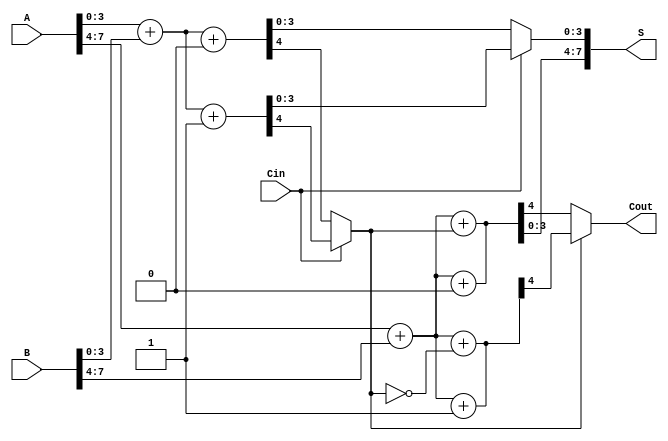
module CarrySelectAdder #(parameter N = 8, parameter M = 4) (
    input  [N-1:0] A,      // First n-bit input
    input  [N-1:0] B,      // Second n-bit input
    input          Cin,     // Carry-in
    output [N-1:0] S,      // Sum output
    output         Cout     // Carry-out
);

    // Internal signals for the two blocks
    wire [M-1:0] S0_0, S0_1, S1_0, S1_1;
    wire Cout_0_0, Cout_0_1, Cout_1_0, Cout_1_1;

    // Block 0 (lower M bits)
    assign {Cout_0_0, S0_0} = A[M-1:0] + B[M-1:0] + 1'b0; // Cin = 0
    assign {Cout_0_1, S0_1} = A[M-1:0] + B[M-1:0] + 1'b1; // Cin = 1

    // Block 1 (upper M bits)
    assign {Cout_1_0, S1_0} = A[2*M-1:M] + B[2*M-1:M] + 1'b0; // Cin = 0
    assign {Cout_1_1, S1_1} = A[2*M-1:M] + B[2*M-1:M] + 1'b1; // Cin = 1

    // Select logic for the first block
    wire select = Cin; // Use Cin to select the appropriate sum and carry for Block 0
    wire [M-1:0] S0 = select ? S0_1 : S0_0;
    wire Cout_0 = select ? Cout_0_1 : Cout_0_0;

    // Determine the carry-in for Block 1 based on the carry-out from Block 0
    wire carry_in_block1 = Cout_0;

    // Select logic for the second block
    assign {Cout_1_0, S1_0} = A[2*M-1:M] + B[2*M-1:M] + carry_in_block1; // Use carry from Block 0
    assign {Cout_1_1, S1_1} = A[2*M-1:M] + B[2*M-1:M] + ~carry_in_block1; // Alternate carry

    // Final sum and carry-out
    assign S = {S1_0, S0}; // Concatenate sums from both blocks
    assign Cout = carry_in_block1 ? Cout_1_1 : Cout_1_0; // Final carry-out

endmodule